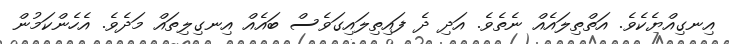
އިނގިއްޔެކެވެ. އަތްތިލައެއް ނެތެވެ. އަދި ދެ ފައިތިލައިގަވެސް ބައެއް އިނގިލިތައް މަދެވެ. އެހެންކަމުން